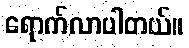
ရောက်လာပါတယ်။